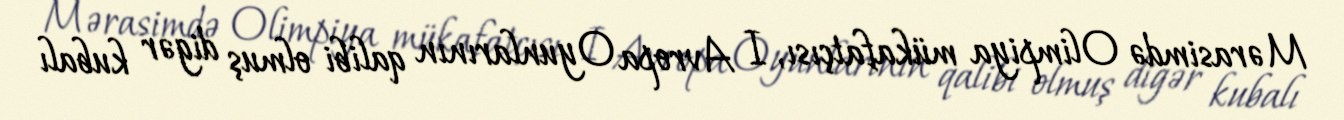
Mərasimdə Olimpiya mükafatçısı, I Avropa Oyunlarının qalibi olmuş digər kubalı